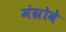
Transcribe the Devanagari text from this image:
मंग्रोवे